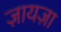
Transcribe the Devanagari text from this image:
ज़ायज़ा